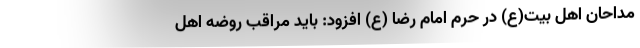
مداحان اهل بیت(ع) در حرم امام رضا (ع) افزود: باید مراقب روضه اهل